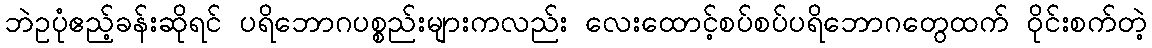
ဘဲဥပုံဧည့်ခန်းဆိုရင် ပရိဘောဂပစ္စည်းများကလည်း လေးထောင့်စပ်စပ်ပရိဘောဂတွေထက် ဝိုင်းစက်တဲ့